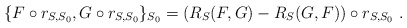
\begin{align*}\{F\circ r_{S,S_{0}},G\circ r_{S,S_{0}}\}_{S_{0}} = (R_{S}(F,G)-R_{S}(G,F))\circ r_{S,S_{0}} \ . \end{align*}